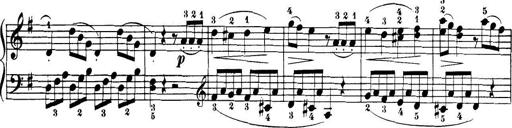
Title: 32 Sonatinas and Rondos for the Piano
Composer: Richard Kleinmichel